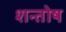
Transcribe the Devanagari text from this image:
शन्तोष